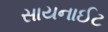
સાયનાઈટ